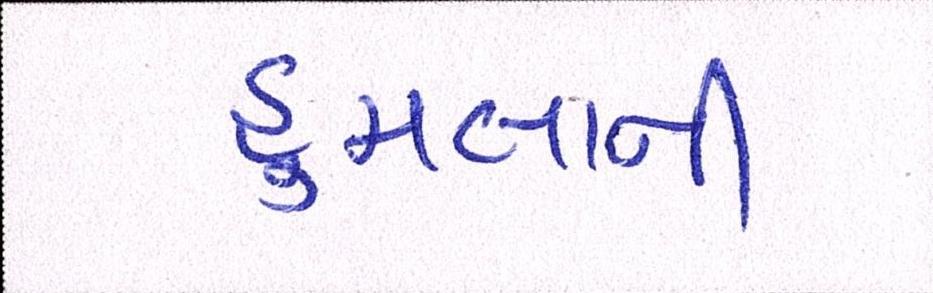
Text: હુમલાની